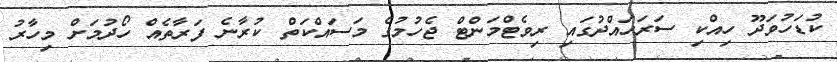
ކުޑަހުވަދޫ ހިއްކި ސަރަހައްދުގައި ރިވެޓްމަންޓް ޖެހުމުގެ މަސައްކަތް ކުރާނެ ފަރާތެއް ހޯދުމަށް މިހާރު